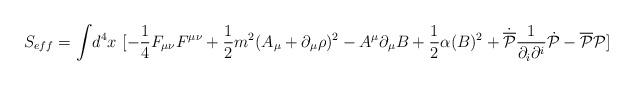
LaTeX: \begin{align*}S_{eff} = \int\!d^4x~[ -\frac{1}{4}F_{\mu \nu}F^{\mu \nu} + \frac{1}{2} m^{2} ( A_{\mu} + \partial_\mu \rho )^2 - A^{\mu}\partial_{\mu}B + \frac{1}{2}\alpha (B)^2+ \dot{{\overline{\cal P}}} \frac{1}{\partial_{i}\partial^{i}} \dot{{\cal P}} -{\overline{\cal P}}{\cal P} ]\end{align*}